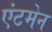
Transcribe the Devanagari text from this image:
एंटमेन